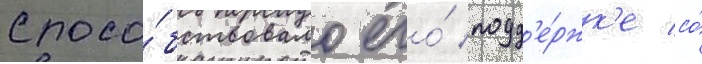
спосо́бствовало его́ подд'е́ржк'е со́